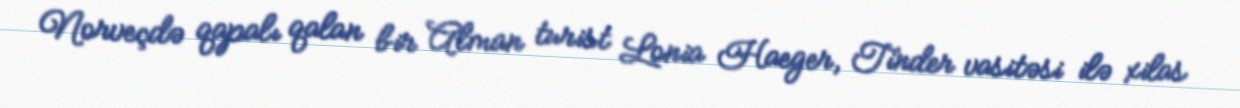
Norveçdə qapalı qalan bir Alman turist Lonia Haeger, Tinder vasitəsi ilə xilas